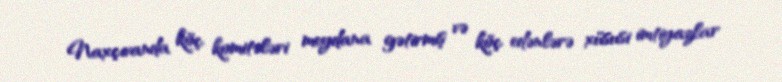
Naxçıvanda köç komitələri meydana gətirmiş və köç edənlərə xüsusi imtiyazlar